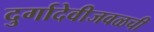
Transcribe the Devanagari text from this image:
दुर्गादेवीजवळची